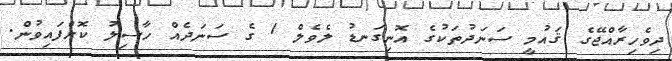
ދިވެހިރާއްޖޭގެ ޤައުމީ ސަނަދުތަކުގެ އޮނިގަނޑު ލެވެލް 1 ގެ ސަނަދެއް ހާސިލު ކޮށްފައިވުން.